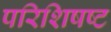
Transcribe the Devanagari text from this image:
परिशिषष्ट